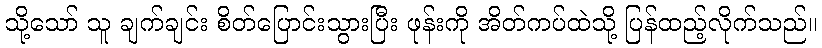
သို့သော် သူ ချက်ချင်း စိတ်ပြောင်းသွားပြီး ဖုန်းကို အိတ်ကပ်ထဲသို့ ပြန်ထည့်လိုက်သည်။